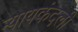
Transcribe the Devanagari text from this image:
न्यायकंदली